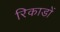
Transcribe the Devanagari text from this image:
रिकाडों